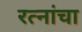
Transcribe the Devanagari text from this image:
रत्नांचा